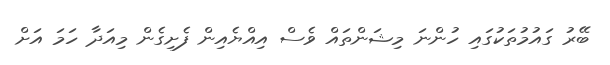
ބޭރު ގައުމުތަކުގައި ހުންނަ މިޝަންތައް ވެސް އިއްޔެއިން ފެށިގެން މިއަދާ ހަމަ އަށް